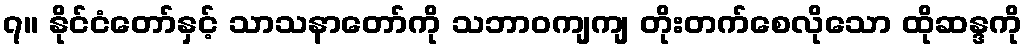
၇။ နိုင်ငံတော်နှင့် သာသနာတော်ကို သဘာဝကျကျ တိုးတက်စေလိုသော ထိုဆန္ဒကို